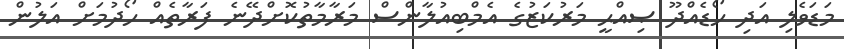
މަޑަވެލި އަދި ހޯޑެއްދޫ ޞިއްޙީ މަރުކަޒުގެ އެމްބިއުލާންސް މަރާމާތުކޮށްދޭނެ ފަރާތެއް ހޯދުމަށް އަލުން